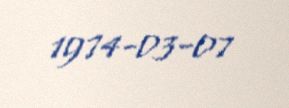
1974-03-07